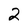
Character: 2